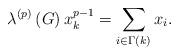
LaTeX: \begin{align*}\lambda^{\left( p\right) }\left( G\right) x_{k}^{p-1}=\sum_{i\in\Gamma\left( k\right) }x_{i}.\end{align*}